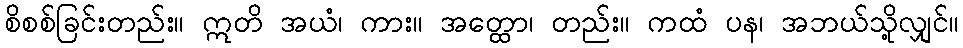
စိစစ်ခြင်းတည်း။ ဣတိ အယံ၊ ကား။ အတ္ထော၊ တည်း။ ကထံ ပန၊ အဘယ်သို့လျှင်။